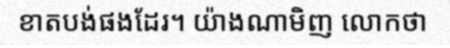
ខាតបង់ផងដែរ។ យ៉ាងណាមិញ លោកថា